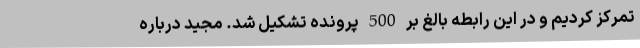
تمرکز کردیم و در این رابطه بالغ بر 500 پرونده تشکیل شد. مجید درباره